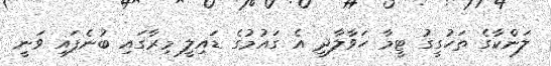
ލަންކާގެ ތަހުގީގު ޓީމާ ހަވާލާދީ އެ ގައުމުގެ ޑައިލީ މިރާގައި ބުނެފައި ވަނީ